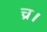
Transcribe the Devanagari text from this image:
च्र।